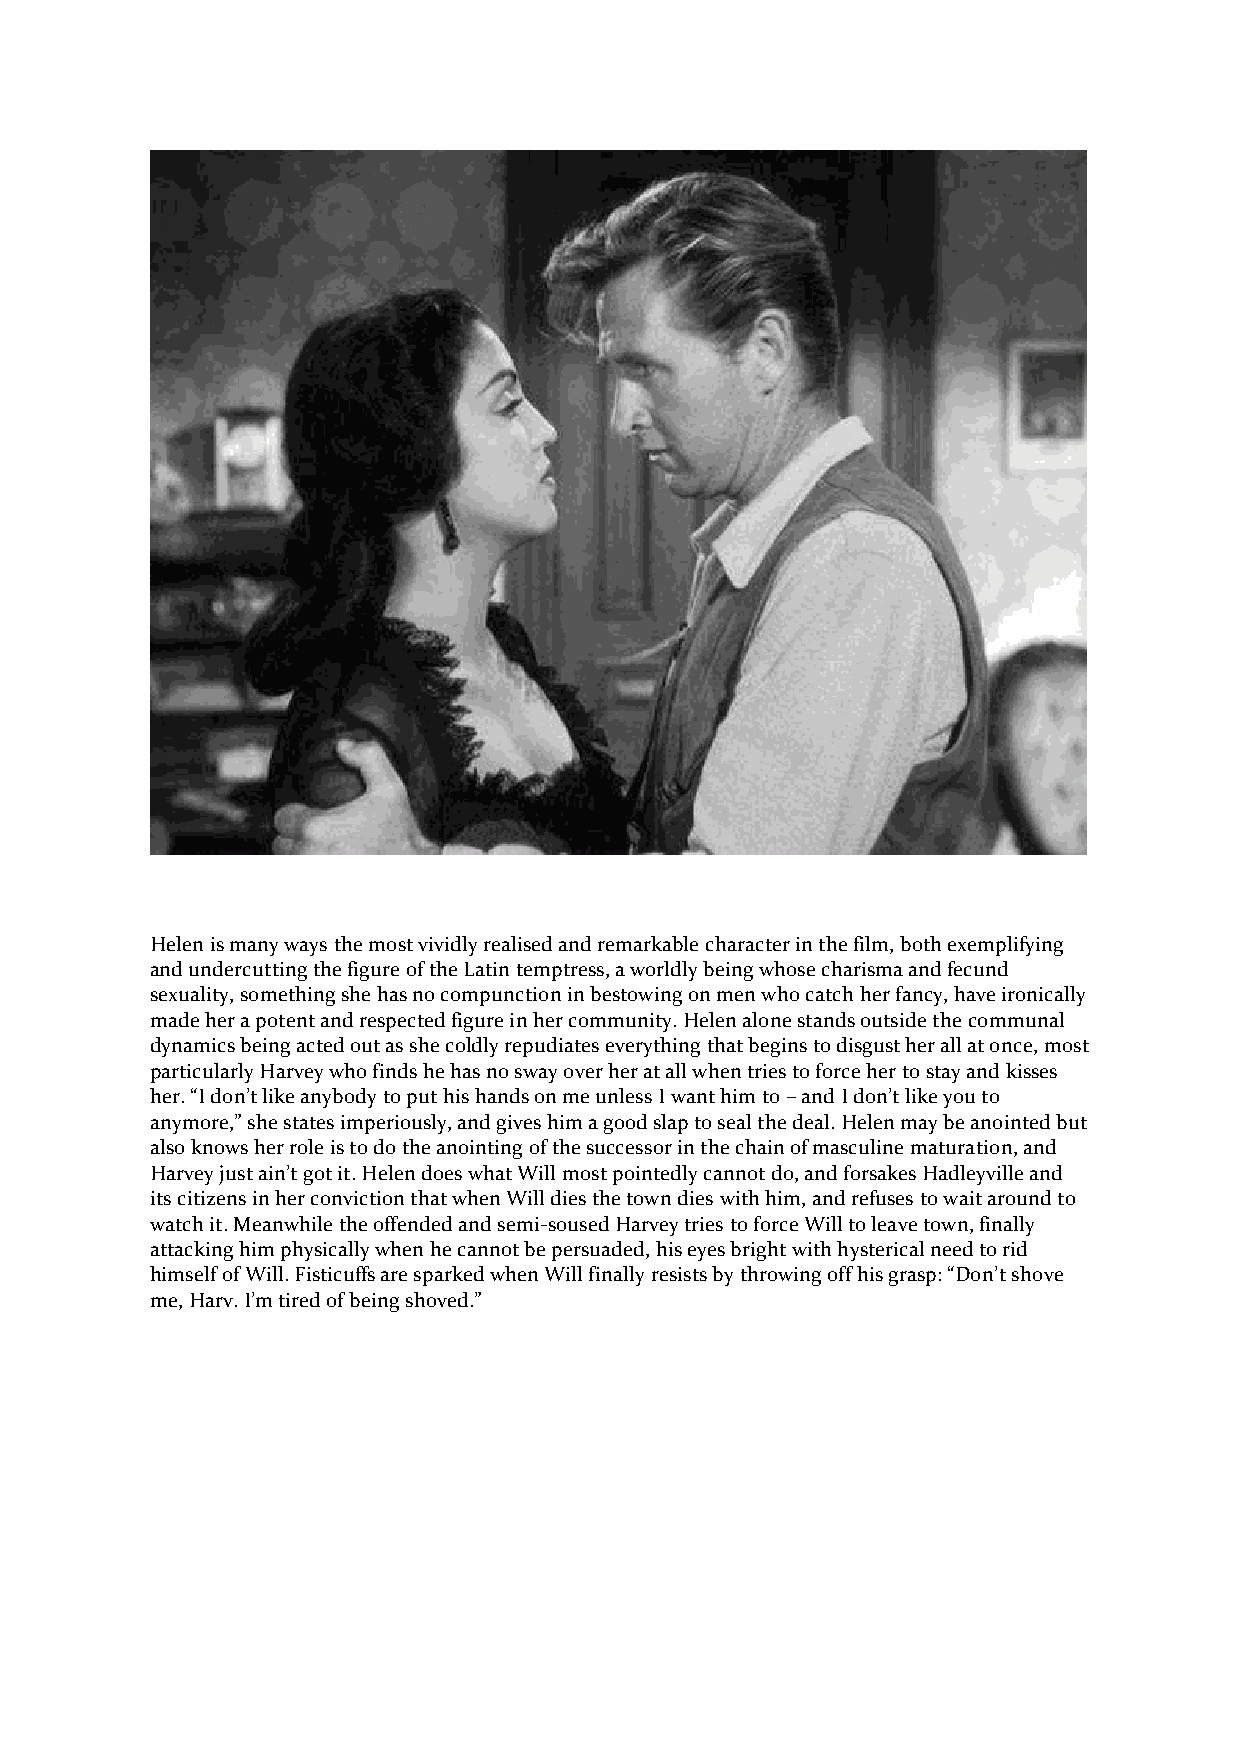
Helen is many ways the most vividly realised and remarkable character in the film, both exemplifying
 and undercutting the figure of the Latin temptress, a worldly being whose charisma and fecund
 sexuality, something she has no compunction in bestowing on men who catch her fancy, have ironically
 made her a potent and respected figure in her community. Helen alone stands outside the communal
 dynamics being acted out as she coldly repudiates everything that begins to disgust her all at once, most
 particularly Harvey who finds he has no sway over her at all when tries to force her to stay and kisses
 her. “I don’t like anybody to put his hands on me unless I want him to – and I don’t like you to
 anymore,” she states imperiously, and gives him a good slap to seal the deal. Helen may be anointed but
 also knows her role is to do the anointing of the successor in the chain of masculine maturation, and
 Harvey just ain’t got it. Helen does what Will most pointedly cannot do, and forsakes Hadleyville and
 its citizens in her conviction that when Will dies the town dies with him, and refuses to wait around to
 watch it. Meanwhile the offended and semi-soused Harvey tries to force Will to leave town, finally
 attacking him physically when he cannot be persuaded, his eyes bright with hysterical need to rid
 himself of Will. Fisticuffs are sparked when Will finally resists by throwing off his grasp: “Don’t shove
 me, Harv. I’m tired of being shoved.”